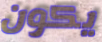
يكون